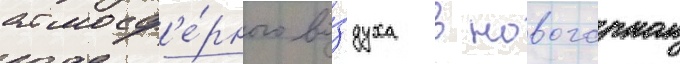
атмосф'е́рного во́здуха в новогорном